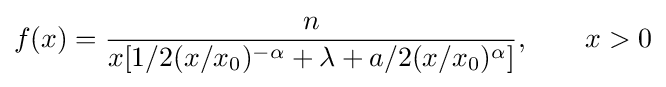
f(x)={\frac {n}{x[1/2(x/x_{0})^{-\alpha }+\lambda +a/2(x/x_{0})^{\alpha }]}},\qquad x>0